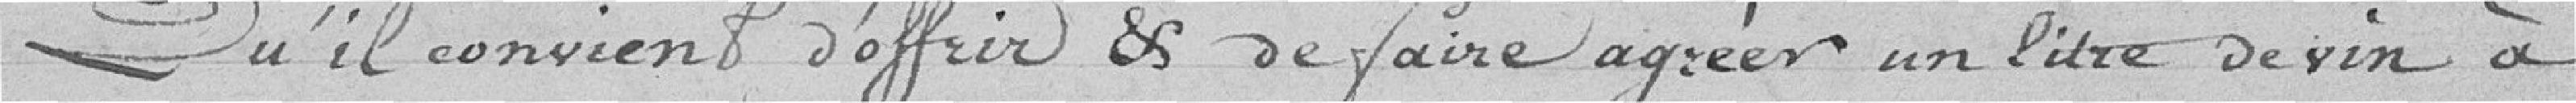
Qu'il convient d'offrir et de faire agréer un litre de vin à